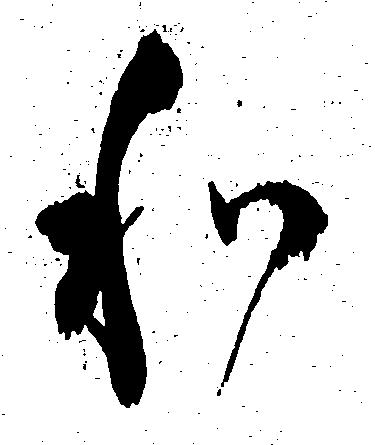
わ